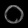
Digit: ၀